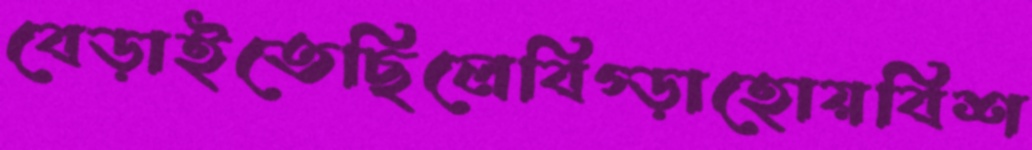
বেড়াইতেছিলেবিগ্‌ড়াহোয়বিশ